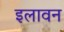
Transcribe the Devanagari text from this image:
इलावन